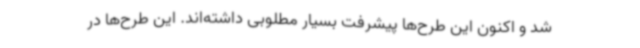
شد و اکنون این طرح‌ها پیشرفت بسیار مطلوبی داشته‌اند. این طرح‌ها در